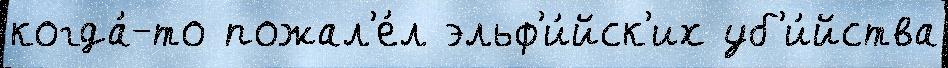
когда́-то пожал'е́л эльф'и́йск'их уб'и́йства